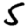
Digit: 5